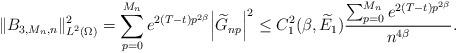
LaTeX: \begin{align*}\|B_{3,M_n,n}\|^2_{L^2(\Omega)}= \sum_{p=0}^{M_n} e^{2(T-t)p^{2\beta}} \Big| \widetilde {G}_{np}\Big|^2 \le C_1^2(\beta, \widetilde E_1) \frac{\sum_{p=0}^{M_n} e^{2(T-t)p^{2\beta}}}{n^{4\beta}} .\end{align*}